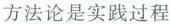
方法论是实践过程